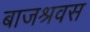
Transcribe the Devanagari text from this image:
बाजश्रवस